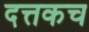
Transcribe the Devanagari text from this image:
दत्तकच